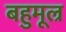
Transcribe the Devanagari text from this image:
बहुमूल्र